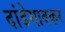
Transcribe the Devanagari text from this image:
दांडेगावकर